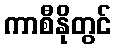
ကာစီနိုတွင်